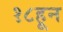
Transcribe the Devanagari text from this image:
१८हून